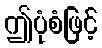
ဤပုံစံဖြင့်